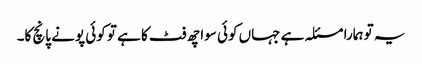
یہ تو ہمارا مسئلہ ہے جہاں کوئی سوا چھ فٹ کا ہے تو کوئی پونے پانچ کا۔